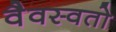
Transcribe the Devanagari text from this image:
वैवस्वतो